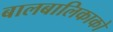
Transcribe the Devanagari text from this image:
बालबालिकाको